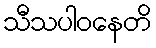
သီသပါဝနေတိ